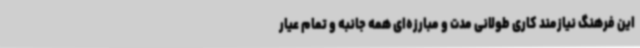
این فرهنگ نیازمند کاری طولانی مدت و مبارزه‌ای همه جانبه و تمام عیار